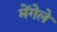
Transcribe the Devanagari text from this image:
मेंगेले